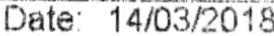
DATE: 14/03/2018